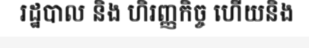
រដ្ឋបាល និង ហិរញ្ញកិច្ច ហើយនិង